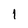
Character: 1